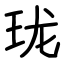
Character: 珑